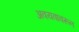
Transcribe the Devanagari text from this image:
अवयवावरून